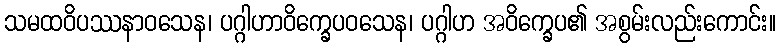
သမထဝိပဿနာဝသေန၊ ပဂ္ဂါဟာဝိက္ခေပဝသေန၊ ပဂ္ဂါဟ အဝိက္ခေပ၏ အစွမ်းလည်းကောင်း။